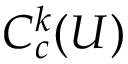
C _ { c } ^ { k } ( U )